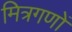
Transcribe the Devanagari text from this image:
मित्रगणों